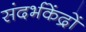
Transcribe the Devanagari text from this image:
संदर्भकेंद्रों